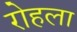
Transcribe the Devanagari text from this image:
रोहला